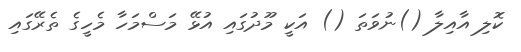
ކޮލި އާއިލާ ()ނުވަތަ () އަކީ މޫދުގައި އުޅޭ މަސްމަހާ މެހީގެ ތެރޭގައި